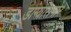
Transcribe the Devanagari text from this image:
डांग्यांसमोर